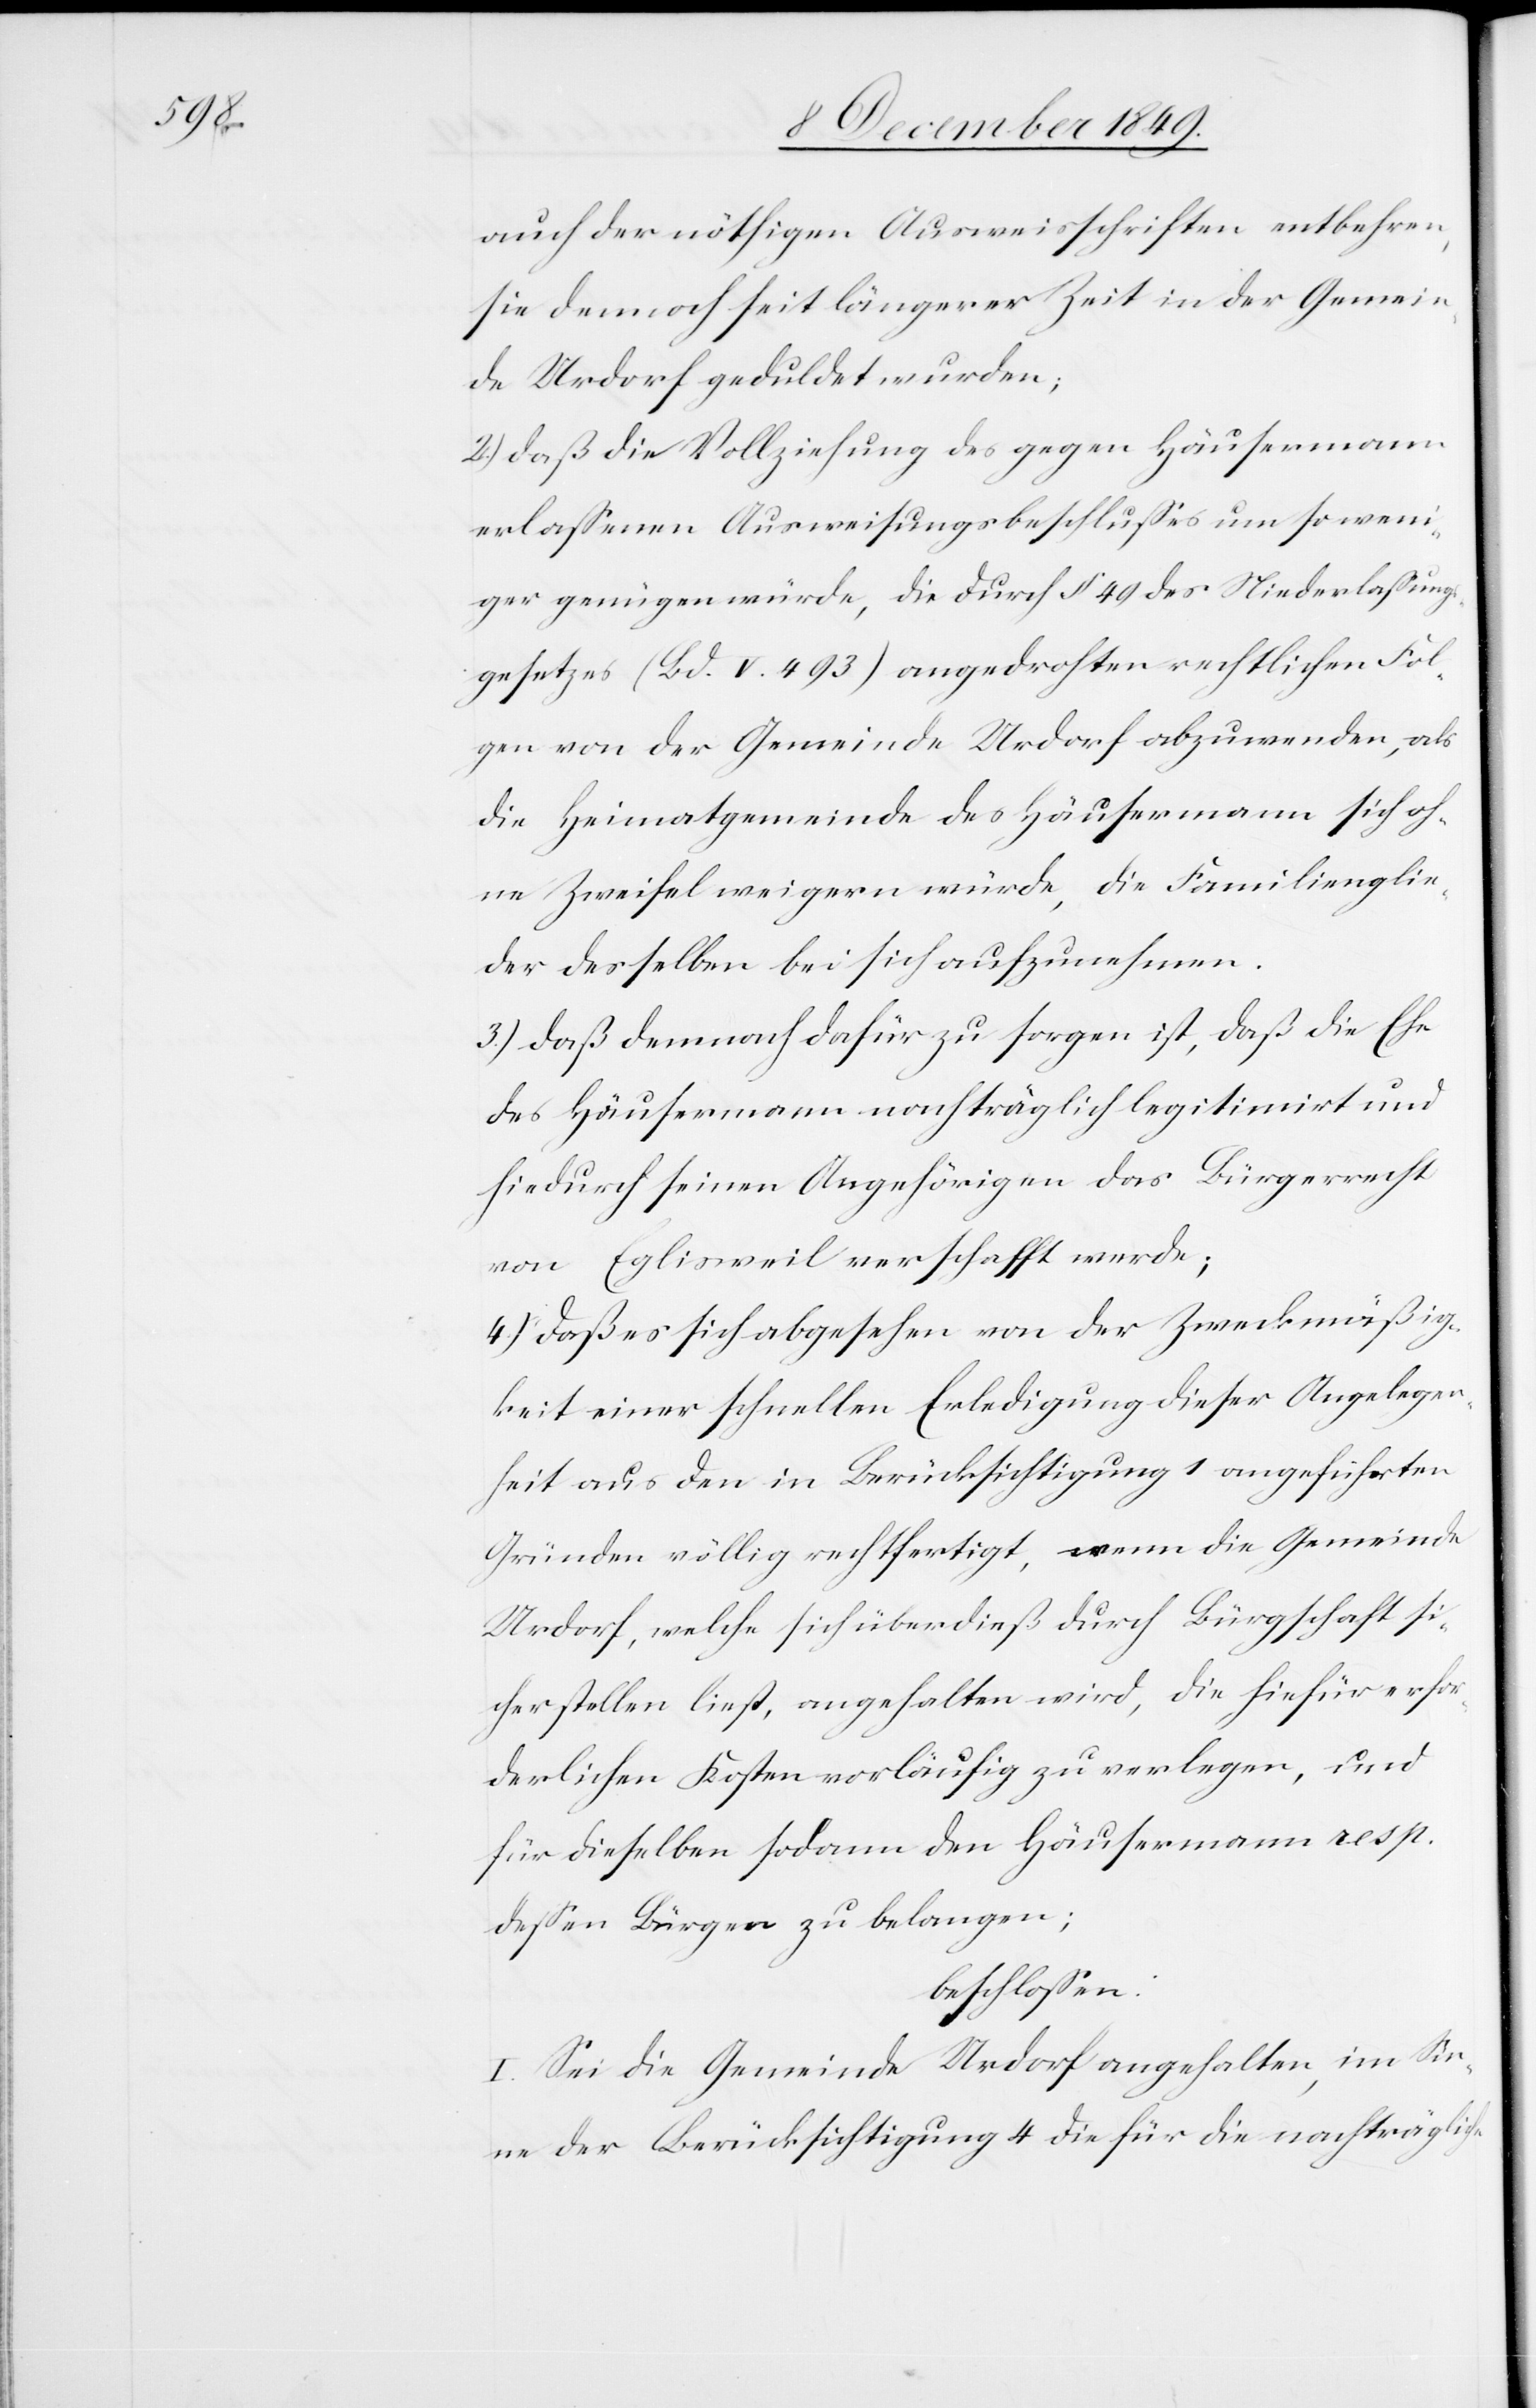
auch der nöthigen Ausweisschriften entbehren,
sie dennoch seit längerer Zeit in der Gemein¬
de Urdorf geduldet wurden;
2.) daß die Vollziehung des gegen Häusermann
erlaßenen Ausweisungsbeschlußes um so weni¬
ger genügen würde, die durch § 49 des Niederlaßungs¬
gesetzes (Bd. V. 493) angedrohten rechtlichen Fol¬
gen von der Gemeinde Urdorf abzuwenden, als
die Heimatgemeinde des Häusermann sich oh¬
ne Zweifel weigern würde, die Familienglie¬
der desselben bei sich aufzunehmen.
3.) daß demnach dafür zu sorgen ist, daß die Ehe
des Häusermann nachträglich legitimirt und
hiedurch seinen Angehörigen das Bürgerrecht
von Eglisweil verschafft werde;
4.) daß es sich abgesehen von der Zweckmäßig¬
keit einer schnellen Erledigung dieser Angelegen¬
heit aus dem in Berücksichtigung 1 angeführten
Gründen völlig rechtfertigt, wenn die Gemeinde
Urdorf, welche sich überdieß durch Bürgschaft h¬
erstellen ließ, angehalten wird, die hiefür erfor¬
derlichen Kosten vorläufig zu verlegen, und
für dieselben sodann den Häusermann resp.
deßen Bürgen zu belangen;
beschloßen:
I. Sei die Gemeinde Urdorf angehalten, im Sin¬
ne der Berücksichtigung 4 die für die nachträgliche